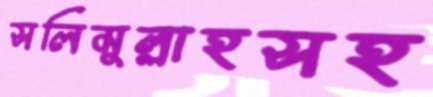
সলিমুল্লাহসহ